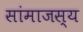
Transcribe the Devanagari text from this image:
सांमाजस्य